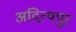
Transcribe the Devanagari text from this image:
अदित्यपुर